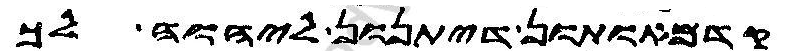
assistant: קדמאותון דיתנון ליהוה לך